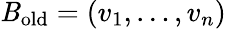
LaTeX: \mathit{B}_{\mathrm{{old}}}=(v_{1},\ldots,v_{n})